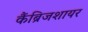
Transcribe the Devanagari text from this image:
कैंब्रिजशायर